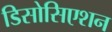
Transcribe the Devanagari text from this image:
डिसोसिएशन